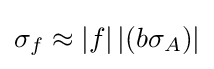
\sigma _{f}\approx \left|f\right|\left|\left(b\sigma _{A}\right)\right|